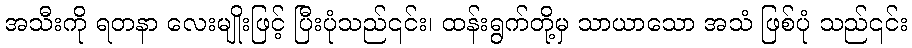
အသီးကို ရတနာ လေးမျိုးဖြင့် ပြီးပုံသည်၎င်း၊ ထန်းရွက်တို့မှ သာယာသော အသံ ဖြစ်ပုံ သည်၎င်း